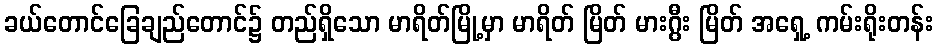
ခယ်တောင်ခြေချည်တောင်၌ တည်ရှိသော မာရိတ်မြို့မှာ မာရိတ် မြိတ် မားဂွီး မြိတ် အရှေ့ ကမ်းရိုးတန်း